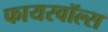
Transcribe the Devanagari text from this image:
फायरवॉल्स